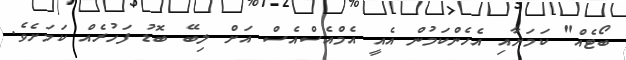
ބޯޓެއް" ކަމަށާއި އެހެންކަމުން އެއީ އެމްއެސްއެސް އަށް ލިބޭ ބޮޑު ފަހުރެއް ކަމަށެވެ.